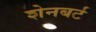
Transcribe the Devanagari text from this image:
शेनबर्ट